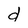
Character: d